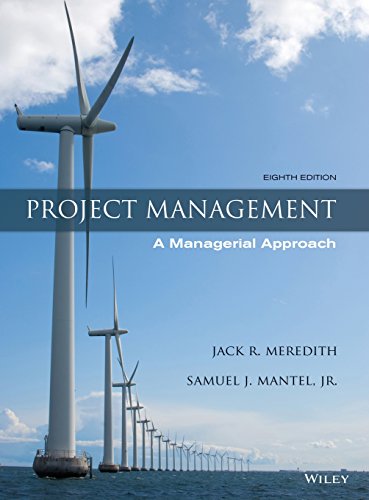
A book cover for Project Management: A Managerial Approach; Jack R. Meredith; Business & Money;